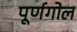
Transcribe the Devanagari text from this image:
पूर्णगोल